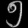
Digit: ၅